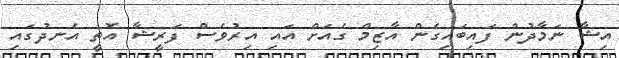
އިޝާ ނަމާދުން ފައިބައިގެން އާޒިމް ގެއަށް އައި އިރުވެސް ފަރީޝާ އޮތީ އެނދުގައި